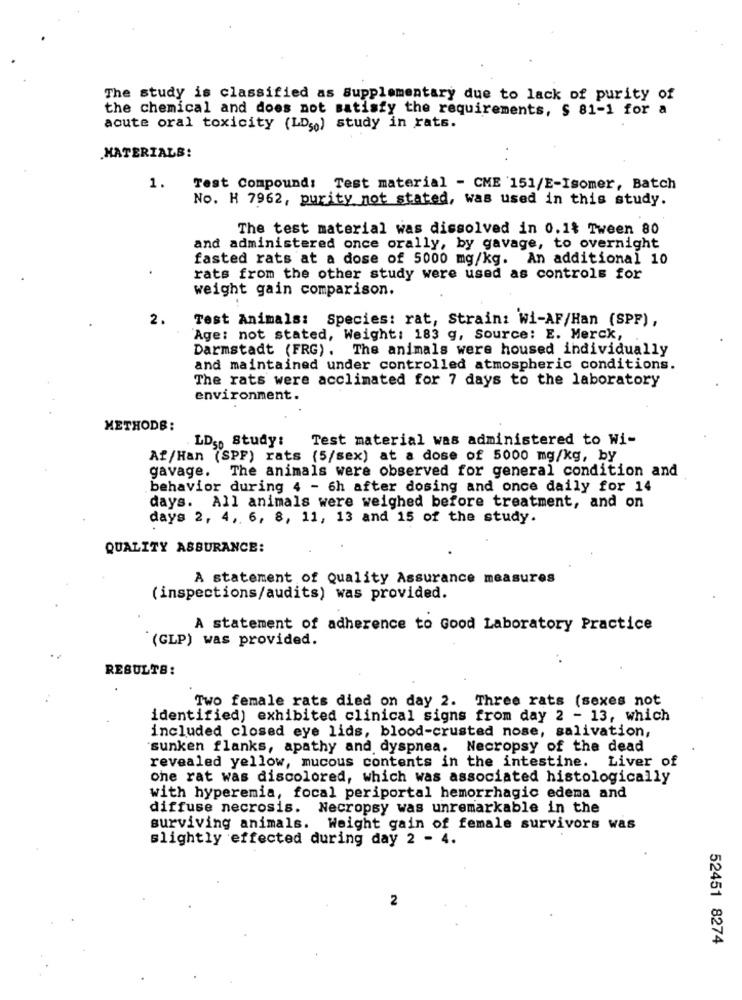
The study is classified as Supplementary due to lack of purity of
the chemical and does not satisfy the requirements, $ 81-1 for a
acute oral toxicity (LDso) study in rats.
MATERIALS:
1.
Test Compound: Test material - CME 151/E-Isomer, Batch
No. H 7962, purity not stated, was used in this study.
The test material was dissolved in 0.1% Tween 80
and administered once orally, by gavage, to overnight
fasted rats at a dose of 5000 mg/kg. An additional 10
rats from the other study were used as controls for
weight gain comparison.
2.
Test Animals: Species: rat, Strain: Wi-AF/Han (SPP),
Age: not stated, Weight: 183 g, Source: E. Merck,
Darmstadt (FRG). The animals were housed individually
and maintained under controlled atmospheric conditions.
The rats were acclimated for 7 days to the laboratory
environment.
METHODB:
LDS Study:
Test material was administered to Wi-
Af/Han (SPF) rats (5/sex) at a dose of 5000 mg/kg, by
gavage. The animals were observed for general condition and
behavior during 4 - 6h after dosing and once daily for 14
days. All animals were weighed before treatment, and on
days 2, 4, 6, 8, 11, 13 and 15 of the study.
QUALITY ASSURANCE:
A statement of Quality Assurance measures
(inspections/audits) was provided.
A statement of adherence to Good Laboratory Practice
(GLP) was provided.
RESULTS:
Two female rats died on day 2. Three rats (sexes not
identified) exhibited clinical signs from day 2 - 13, which
included closed eye lids, blood-crusted nose, salivation,
'sunken flanks, apathy and dyspnea. Necropsy of the dead
revealed yellow, mucous contents in the intestine. Liver of
che rat was discolored, which was associated histologically
with hyperemia, focal periportal hemorrhagic edema and
diffuse necrosis. Necropsy was unremarkable in the
surviving animals. Weight gain of female survivors was
slightly effected during day 2 - 4.
2
52451 8274